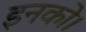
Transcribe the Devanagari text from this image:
इनको।